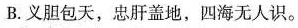
B.义胆包天，忠肝盖地、四海无人识。